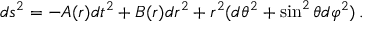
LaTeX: d s ^ { 2 } = - A ( r ) d t ^ { 2 } + B ( r ) d r ^ { 2 } + r ^ { 2 } ( d \theta ^ { 2 } + \sin ^ { 2 } \theta d \varphi ^ { 2 } ) \, .